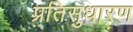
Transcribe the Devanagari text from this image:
प्रतिसुधारण